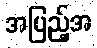
အပြည့်အ